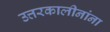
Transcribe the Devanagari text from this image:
उत्तरकालीनांना